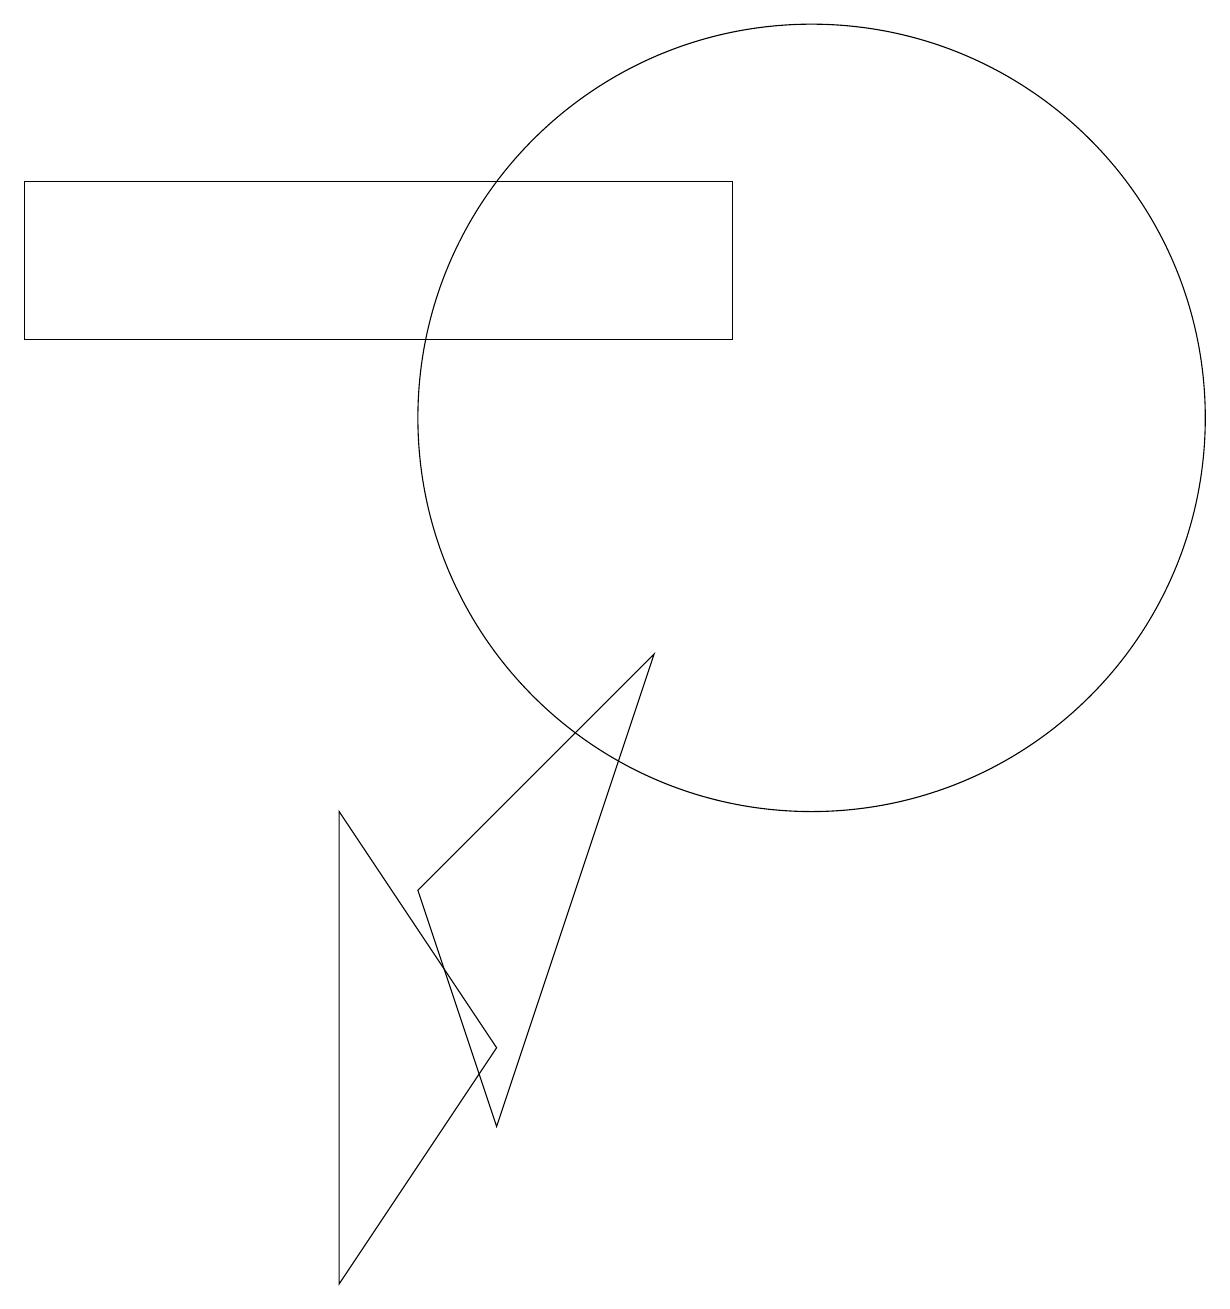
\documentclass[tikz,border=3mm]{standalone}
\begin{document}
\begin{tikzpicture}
\draw (6,2) -- (5,5) -- (8,8) -- cycle;
\draw (10,11) circle (5);
\draw (12,12) circle (0);
\draw (4,0) -- (6,3) -- (4,6) -- cycle;
\draw (9,14) rectangle (0,12);
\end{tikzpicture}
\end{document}